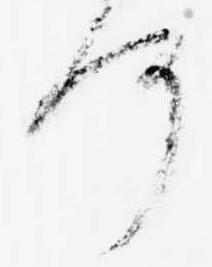
何